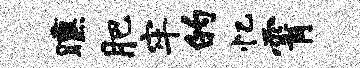
曛肥牢的忆霄